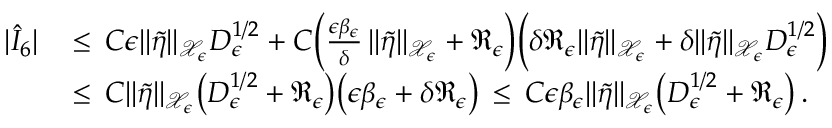
\begin{array} { r l } { | \hat { I } _ { 6 } | \, } & { \le \, C \epsilon \| \tilde { \eta } \| _ { \mathcal { X } _ { \epsilon } } D _ { \epsilon } ^ { 1 / 2 } + C \Bigl ( \frac { \epsilon \beta _ { \epsilon } } { \delta } \, \| \tilde { \eta } \| _ { \mathcal { X } _ { \epsilon } } + \mathfrak { R } _ { \epsilon } \Bigr ) \Bigl ( \delta \mathfrak { R } _ { \epsilon } \| \tilde { \eta } \| _ { \mathcal { X } _ { \epsilon } } + \delta \| \tilde { \eta } \| _ { \mathcal { X } _ { \epsilon } } D _ { \epsilon } ^ { 1 / 2 } \Bigr ) } \\ { \, } & { \le \, C \| \tilde { \eta } \| _ { \mathcal { X } _ { \epsilon } } \bigl ( D _ { \epsilon } ^ { 1 / 2 } + \mathfrak { R } _ { \epsilon } \bigr ) \bigl ( \epsilon \beta _ { \epsilon } + \delta \mathfrak { R } _ { \epsilon } \bigr ) \, \le \, C \epsilon \beta _ { \epsilon } \| \tilde { \eta } \| _ { \mathcal { X } _ { \epsilon } } \bigl ( D _ { \epsilon } ^ { 1 / 2 } + \mathfrak { R } _ { \epsilon } \bigr ) \, . } \end{array}